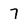
Character: 7